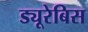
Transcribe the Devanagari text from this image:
ड्यूरेबिस